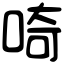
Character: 𠵇